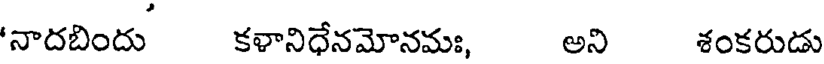
'నాదబిందు కళానిధేనమోనమః, అని శంకరుడు